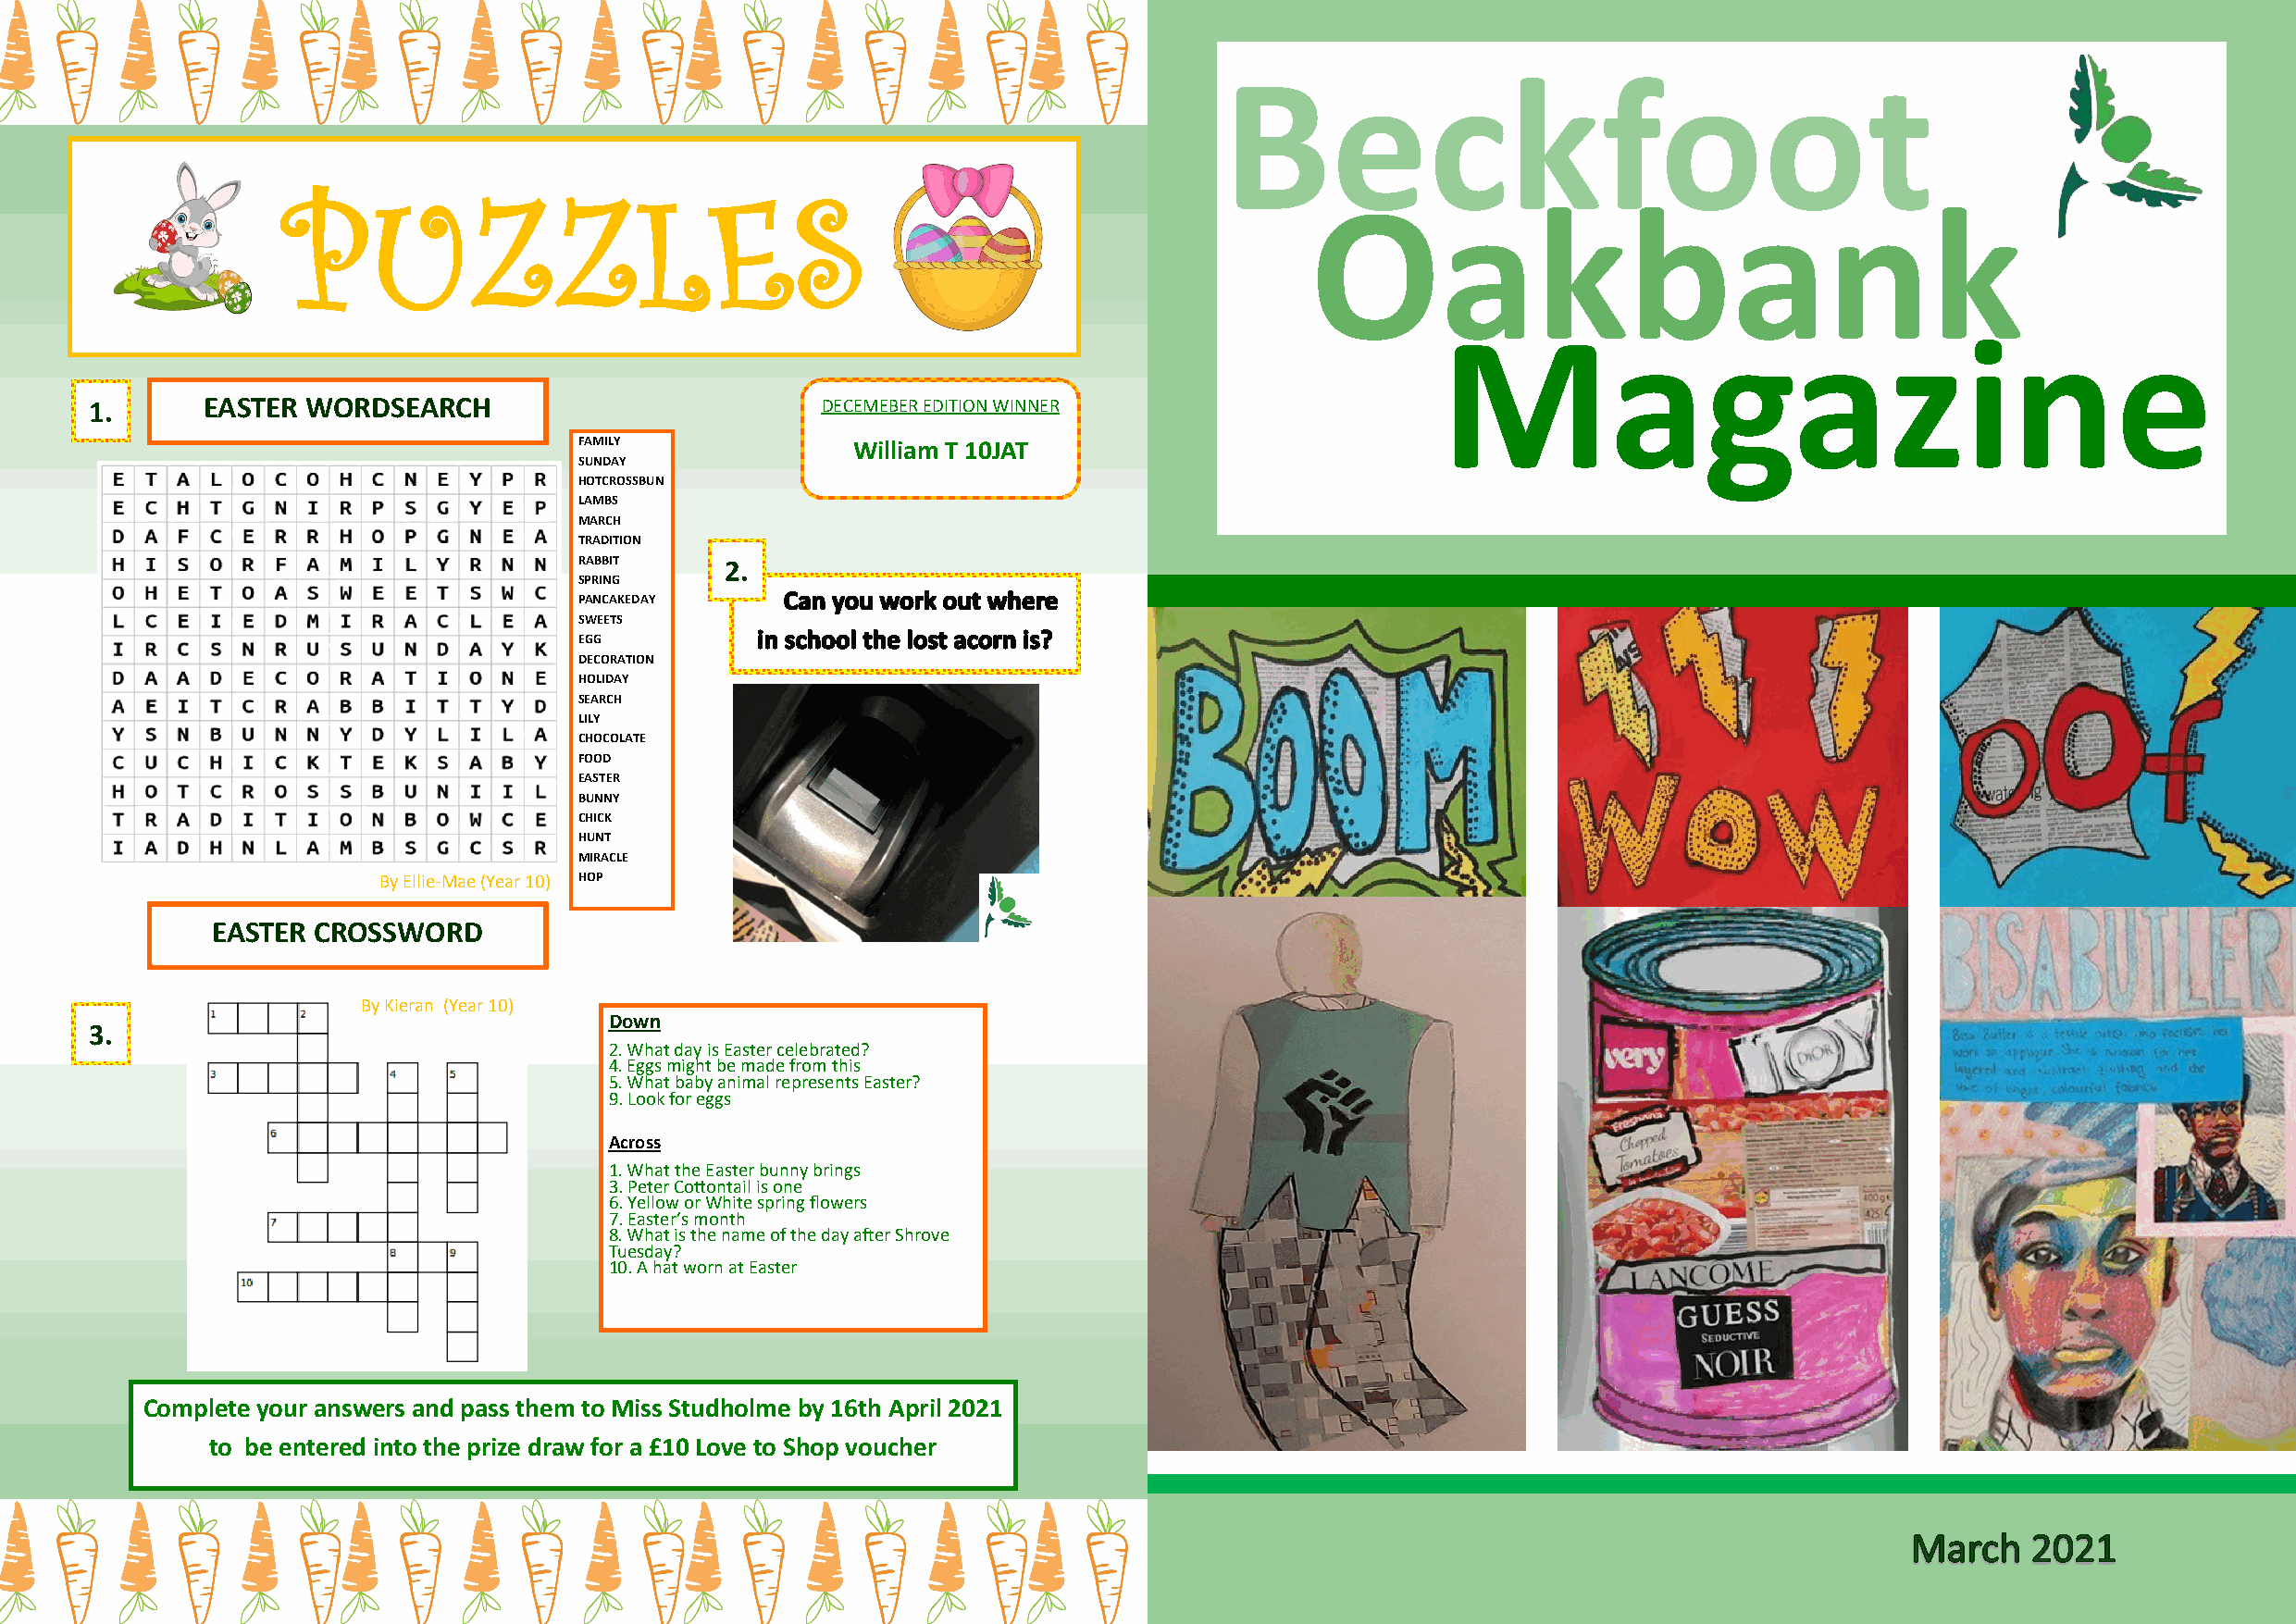
Beckfoot
 PUZZLES
 Oakbank
 Magazine
 1.       EASTER WORDSEARCH                           DECEMEBER EDITION WINNER
 FAMILY              William T 10JAT
 SUNDAY
 HOTCROSSBUN
 LAMBS
 MARCH
 TRADITION
 RABBIT     2.
 SPRING
 PANCAKEDAY
 SWEETS
 EGG
 DECORATION
 HOLIDAY
 SEARCH
 LILY
 CHOCOLATE
 FOOD
 EASTER
 BUNNY
 CHICK
 HUNT
 MIRACLE
 By Ellie-Mae (Year 10) HOP
 EASTER CROSSWORD
 By Kieran (Year 10)
 Down
 3.
 2. What day is Easter celebrated?
 4. Eggs might be made from this
 5. What baby animal represents Easter?
 9. Look for eggs
 Across
 1. What the Easter bunny brings
 3. Peter Cottontail is one
 6. Yellow or White spring flowers
 7. Easter’s month
 8. What is the name of the day after Shrove
 Tuesday?
 10. A hat worn at Easter
 Complete your answers and pass them to Miss Studholme by 16th April 2021
 to be entered into the prize draw for a £10 Love to Shop voucher